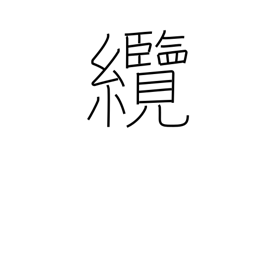
Meaning: hawser